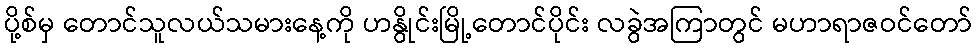
ပို့စ်မှ တောင်သူလယ်သမားနေ့ကို ဟနွိုင်းမြို့တောင်ပိုင်း လခွဲအကြာတွင် မဟာရာဇဝင်တော်